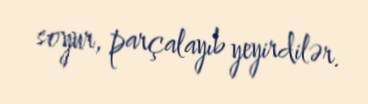
soyur, parçalayıb yeyirdilər.